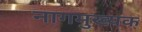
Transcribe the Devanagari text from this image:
नागमुख्यक